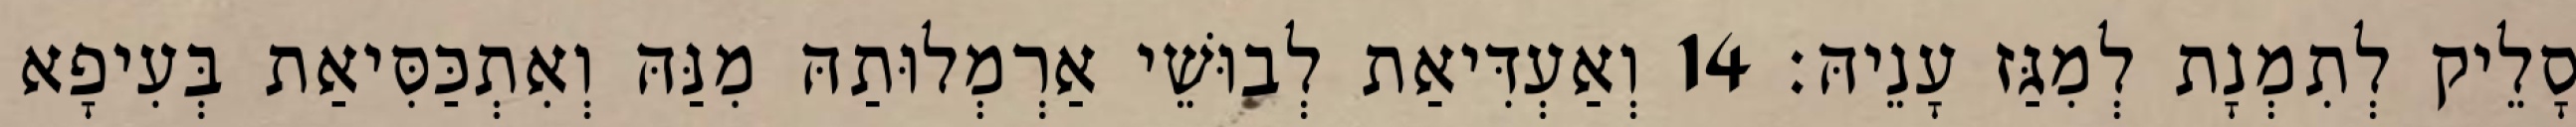
סָלֵיק לְתִמְנָת לְמִגַּז עָנֵיהּ׃ 14 וְאַעְדִּיאַת לְבוּשֵׁי אַרְמְלוּתַהּ מִנַּהּ וְאִתְכַּסִּיאַת בְּעִיפָא